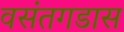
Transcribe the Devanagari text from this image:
वसंतगडास